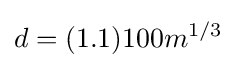
d=(1.1)100m^{1/3}